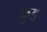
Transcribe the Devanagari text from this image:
क्रुड